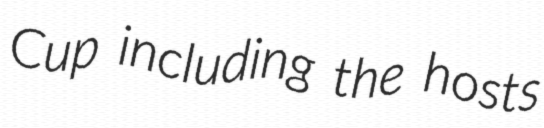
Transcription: Cup including the hosts